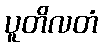
ပူတိလတံ